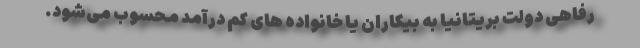
رفاهی دولت بریتانیا به بیکاران یا خانواده های کم درآمد محسوب می‌شود.